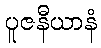
ပူဇနီယာနံ